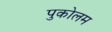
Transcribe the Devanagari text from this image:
पुकोलम